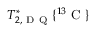
T _ { 2 , \mathrm { ~ D ~ Q ~ } } ^ { * } \{ ^ { 1 3 } \mathrm { ~ C ~ } \}